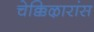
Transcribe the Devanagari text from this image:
चेक्किऴारांस